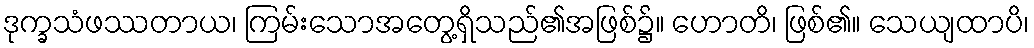
ဒုက္ခသံဖဿတာယ၊ ကြမ်းသောအတွေ့ရှိသည်၏အဖြစ်၌။ ဟောတိ၊ ဖြစ်၏။ သေယျထာပိ၊